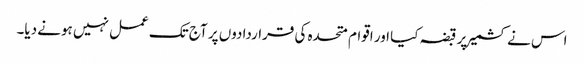
اس نے کشمیر پر قبضہ کیا اور اقوام متحدہ کی قراردادوں پر آج تک عمل نہیں ہونے دیا۔